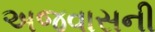
અજવાસની